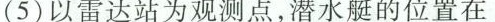
(5)以雷达站为观测点，潜水艇的位置在